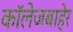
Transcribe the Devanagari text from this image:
कॉलेजबाहेर